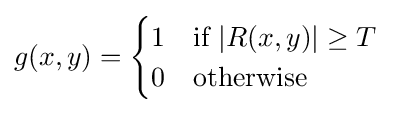
g(x,y)={\begin{cases}1&{\text{if }}|R(x,y)|\geq T\\0&{\text{otherwise}}\end{cases}}